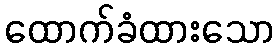
ထောက်ခံထားသော